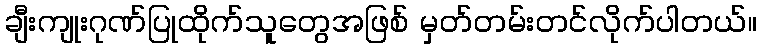
ချီးကျုးဂုဏ်ပြုထိုက်သူတွေအဖြစ် မှတ်တမ်းတင်လိုက်ပါတယ်။